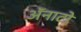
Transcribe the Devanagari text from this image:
ॲनाटो